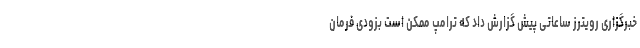
خبرگزاری رویترز ساعاتی پیش گزارش داد که ترامپ ممکن است بزودی فرمان